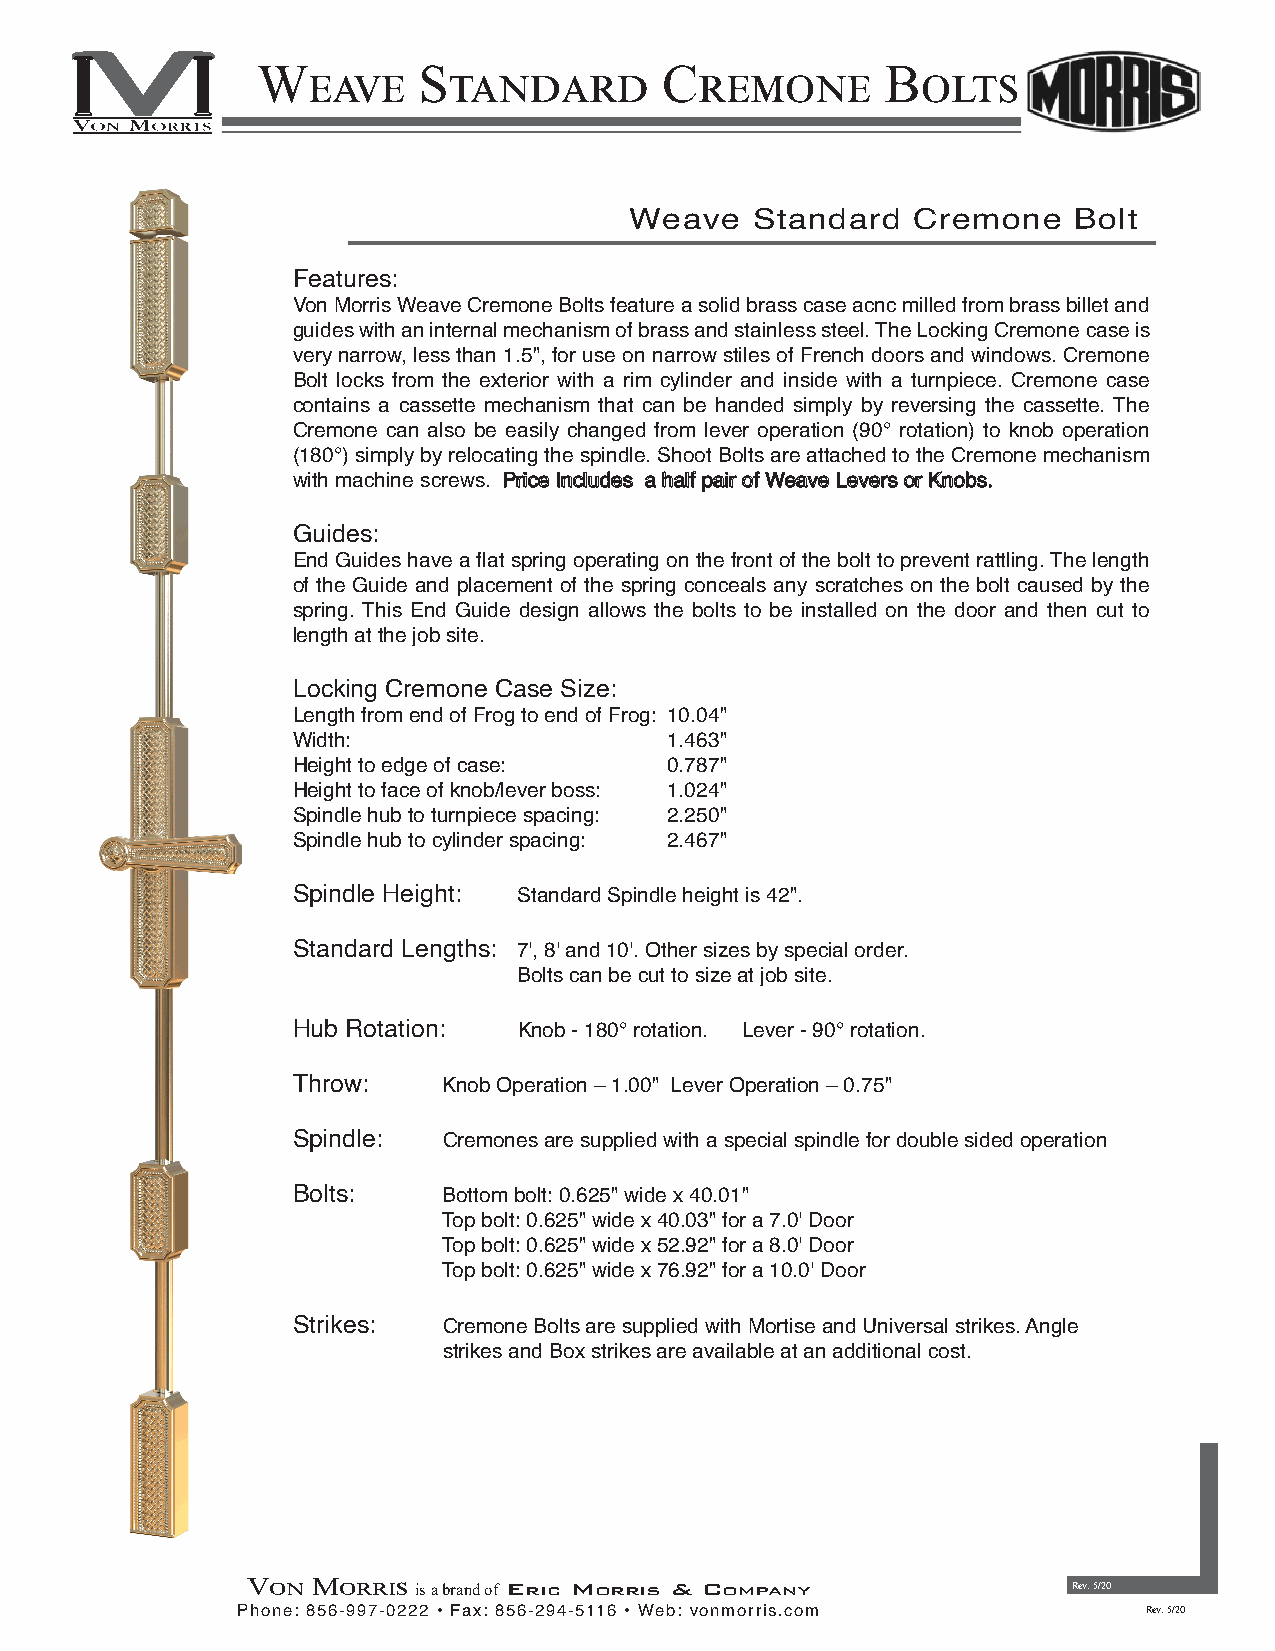
WEAVE      STANDARD        CREMONE        BOLTS
 Weave   Standard  Cremone    Bolt
 Features:
 Von Morris Weave Cremone Bolts feature a solid brass case acnc milled from brass billet and
 guides with an internal mechanism of brass and stainless steel. The Locking Cremone case is
 very narrow, less than 1.5", for use on narrow stiles of French doors and windows. Cremone
 Bolt locks from the exterior with a rim cylinder and inside with a turnpiece. Cremone case
 contains a cassette mechanism that can be handed simply by reversing the cassette. The
 Cremone can also be easily changed from lever operation (90° rotation) to knob operation
 (180°) simply by relocating the spindle. Shoot Bolts are attached to the Cremone mechanism
 with machine screws. Price Includes a half pair of Weave Levers or Knobs.
 Guides:
 End Guides have a flat spring operating on the front of the bolt to prevent rattling. The length
 of the Guide and placement of the spring conceals any scratches on the bolt caused by the
 spring. This End Guide design allows the bolts to be installed on the door and then cut to
 length at the job site.
 Locking Cremone Case Size:
 Length from end of Frog to end of Frog: 10.04"
 Width:                   1.463"
 Height to edge of case:  0.787"
 Height to face of knob/lever boss: 1.024"
 Spindle hub to turnpiece spacing: 2.250"
 Spindle hub to cylinder spacing: 2.467"
 Spindle Height: Standard Spindle height is 42".
 Standard Lengths: 7', 8' and 10'. Other sizes by special order.
 Bolts can be cut to size at job site.
 Hub Rotation:  Knob - 180° rotation. Lever - 90° rotation.
 Throw:    Knob Operation – 1.00" Lever Operation – 0.75"
 Spindle:  Cremones are supplied with a special spindle for double sided operation
 Bolts:    Bottom bolt: 0.625" wide x 40.01"
 Top bolt: 0.625" wide x 40.03" for a 7.0' Door
 Top bolt: 0.625" wide x 52.92" for a 8.0' Door
 Top bolt: 0.625" wide x 76.92" for a 10.0' Door
 Strikes:  Cremone Bolts are supplied with Mortise and Universal strikes. Angle
 strikes and Box strikes are available at an additional cost.
 VON  MORRIS is a brand of ERIC MORRIS & COMPANY        Rev. 5/20
 Phone: 856-997-0222 • Fax: 856-294-5116 • Web: vonmorris.com Rev. 5/20